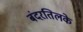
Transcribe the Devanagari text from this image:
बंदरतिलके